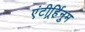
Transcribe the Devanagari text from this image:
एंटीर्र्हिनुम